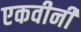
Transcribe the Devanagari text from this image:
एकवीनी